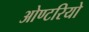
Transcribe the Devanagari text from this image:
ओण्टरियो